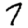
Digit: 7